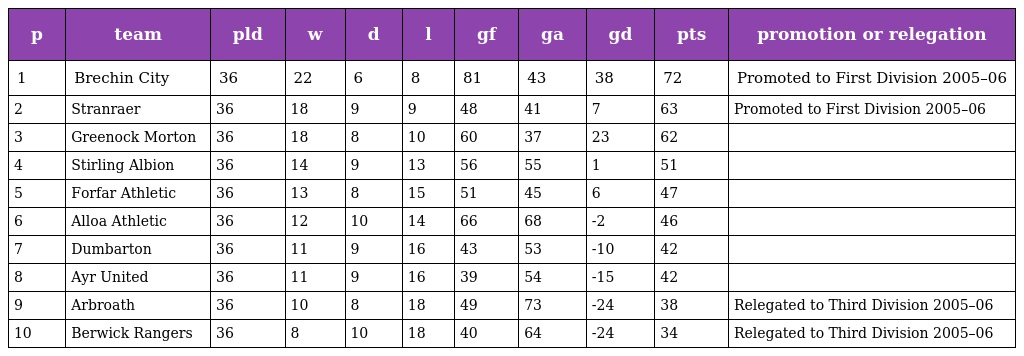
| p | team | pld | w | d | l | gf | ga | gd | pts | promotion or relegation |
 | --- | --- | --- | --- | --- | --- | --- | --- | --- | --- | --- |
 | 1 | Brechin City | 36 | 22 | 6 | 8 | 81 | 43 | 38 | 72 | Promoted to First Division 2005–06 |
 | 2 | Stranraer | 36 | 18 | 9 | 9 | 48 | 41 | 7 | 63 | Promoted to First Division 2005–06 |
 | 3 | Greenock Morton | 36 | 18 | 8 | 10 | 60 | 37 | 23 | 62 |  |
 | 4 | Stirling Albion | 36 | 14 | 9 | 13 | 56 | 55 | 1 | 51 |  |
 | 5 | Forfar Athletic | 36 | 13 | 8 | 15 | 51 | 45 | 6 | 47 |  |
 | 6 | Alloa Athletic | 36 | 12 | 10 | 14 | 66 | 68 | -2 | 46 |  |
 | 7 | Dumbarton | 36 | 11 | 9 | 16 | 43 | 53 | -10 | 42 |  |
 | 8 | Ayr United | 36 | 11 | 9 | 16 | 39 | 54 | -15 | 42 |  |
 | 9 | Arbroath | 36 | 10 | 8 | 18 | 49 | 73 | -24 | 38 | Relegated to Third Division 2005–06 |
 | 10 | Berwick Rangers | 36 | 8 | 10 | 18 | 40 | 64 | -24 | 34 | Relegated to Third Division 2005–06 |